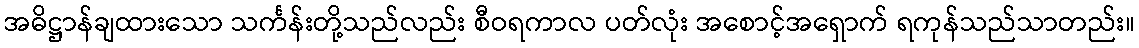
အဓိဋ္ဌာန်ချထားသော သင်္ကန်းတို့သည်လည်း စီဝရကာလ ပတ်လုံး အစောင့်အရှောက် ရကုန်သည်သာတည်း။